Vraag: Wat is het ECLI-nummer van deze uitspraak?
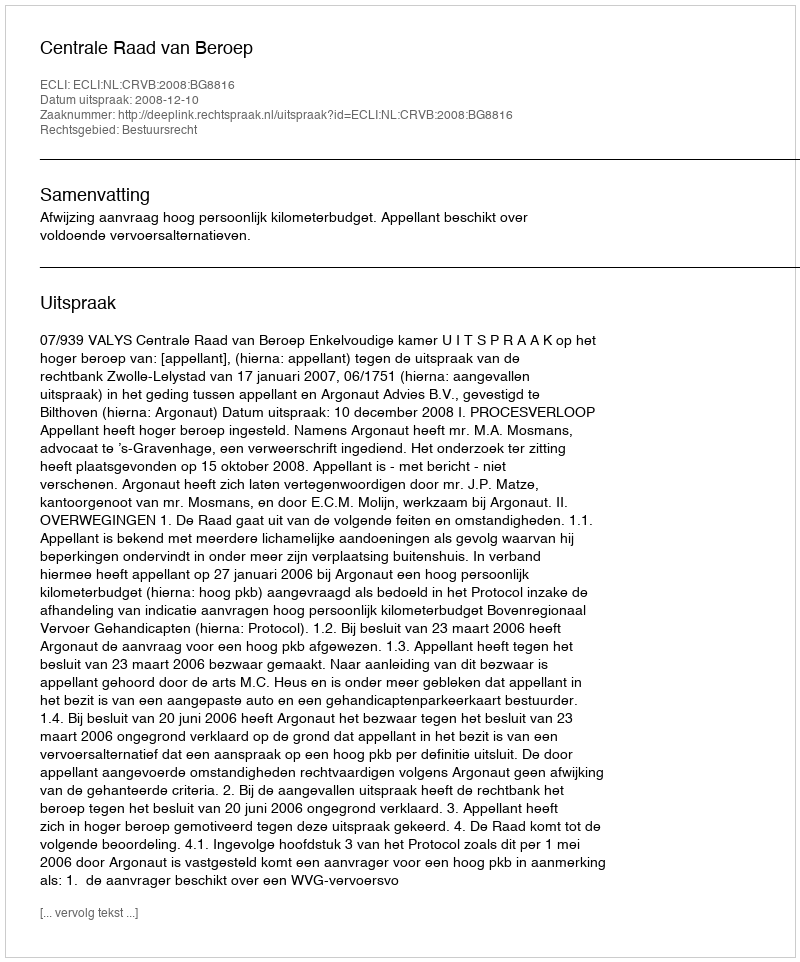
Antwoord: ECLI:NL:CRVB:2008:BG8816